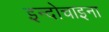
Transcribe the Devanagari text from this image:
इन्दोचाइना